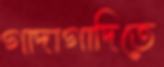
গাদাগাদিতে